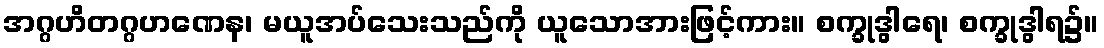
အဂ္ဂဟိတဂ္ဂဟဏေန၊ မယူအပ်သေးသည်ကို ယူသောအားဖြင့်ကား။ စက္ခုဒွါရေ၊ စက္ခုဒွါရ၌။